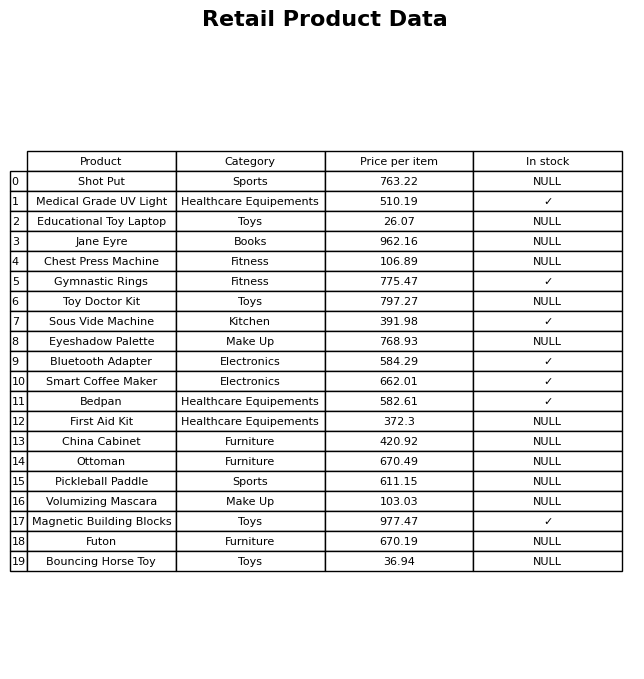
question: What is the price for Medical Grade UV Light?
answer: The price of Medical Grade UV Light is 510.19.